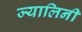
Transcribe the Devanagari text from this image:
ज्यालिनी